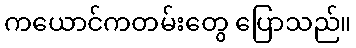
ကယောင်ကတမ်းတွေ ပြောသည်။